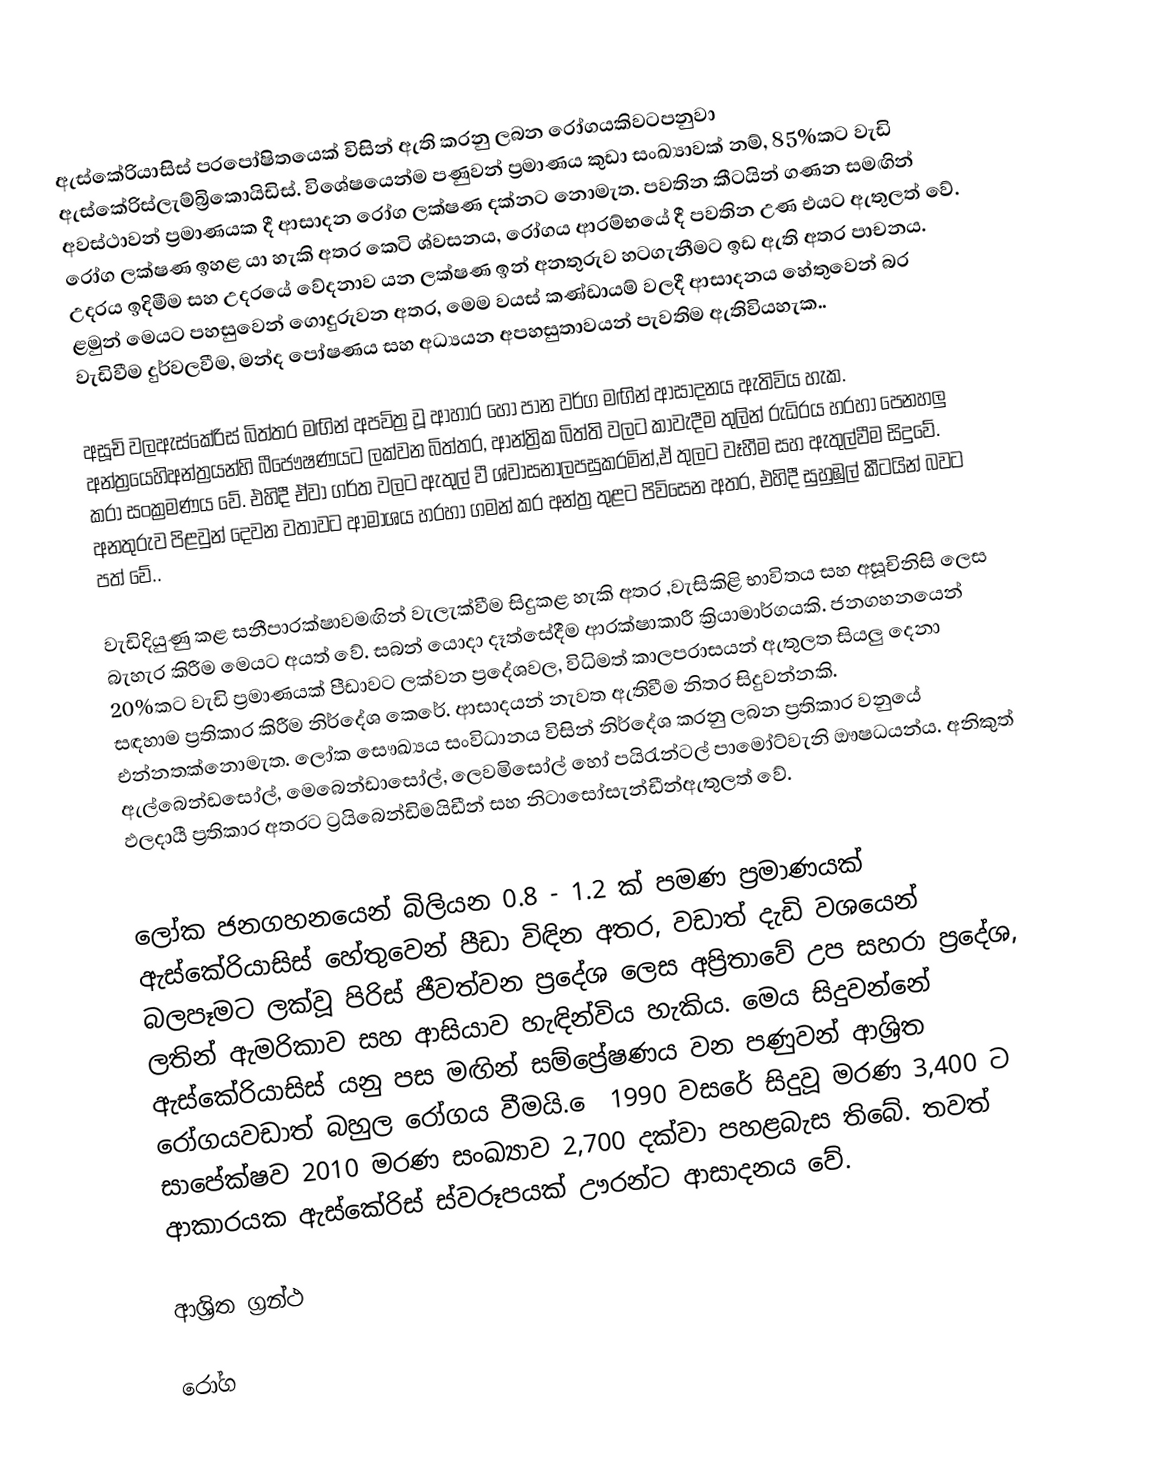
ඇස්කේරියාසිස්  පරපෝෂිතයෙක් විසින් ඇති කරනු ලබන රෝගයකි‍වටපනුවා ඇස්කේරිස්ලැම්බ්‍රිකොයිඩිස්.  විශේෂයෙන්ම  පණුවන් ප්‍ර‍මාණය කුඩා සංඛ්‍යාවක් නම්, 85%කට වැඩි අවස්ථාවන් ප්‍ර‍මාණයක දී ආසාදන රෝග ලක්ෂණ දක්නට නොමැත.  පවතින කීටයින් ගණන සමඟින් රෝග ලක්ෂණ ඉහළ යා හැකි අතර  කෙටි ශ්වසනය, රෝගය ආරම්භයේ දී පවතින උණ එයට ඇතුලත් වේ.  උදරය ඉදිමීම සහ උදරයේ වේදනාව යන ලක්ෂණ ඉන් අනතුරුව හටගැනීමට ඉඩ ඇති අතර පාචනය. ළමුන් මෙයට පහසුවෙන් ගොදුරුවන අතර, මෙම වයස් කණ්ඩායම් වලදී ආසාදනය හේතුවෙන්  බර වැඩිවීම දුර්වලවීම, මන්ද පෝෂණය සහ අධ්‍යයන අපහසුතාවයන් පැවතිම ඇතිවියහැක..

අසූචි වලඇස්කේරිස් බිත්තර මඟින් අපවිත්‍ර‍ වූ ආහාර හෝ පාන වර්ග මඟින් ආසාදනය ඇතිවිය හැක.  අන්ත්‍රයෙහිඅන්ත්‍ර‍යන්හි බීජෞෂණයට ලක්වන බිත්තර, ආන්ත්‍රික බිත්ති වලට කාවැදීම තුලින් රුධිරය හරහා පෙනහලු කරා සංක්‍ර‍මණය වේ. එහිදී ඒවා  ගර්ත  වලට  ඇතුල් වී ශ්වාසනාලපසුකරමින්,ඒ තුලට වෑහීම සහ ඇතුල්වීම සිදුවේ. අනතුරුව  පිළවුන් දෙවන වතාවට ආමාශය හරහා  ගමන් කර අන්ත්‍ර‍ තුළට පිවිසෙන අතර, එහිදී සුහුඹුල් කීටයින් බවට පත් වේ..

වැඩිදියුණු කළ සනීපාරක්ෂාවමඟින් වැලැක්වීම සිදුකළ හැකි අතර ,වැසිකිළි  භාවිතය සහ අසූචිනිසි ලෙස බැහැර කිරීම මෙයට අයත් වේ. සබන් යොදා දෑත්සේදීම ආරක්ෂාකාරී ක්‍රියාමාර්ගයකි.  ජනගහනයෙන් 20%කට වැඩි ප්‍ර‍මාණයක් පීඩාවට ලක්වන ප්‍රදේශවල, විධිමත් කාලපරාසයන් ඇතුලත සියලු දෙනා සඳහාම ප්‍ර‍තිකාර කිරීම නිර්දේශ කෙරේ. ආසාදයන් නැවත ඇතිවීම නිතර සිදුවන්නකි.  එන්නතක්නොමැත.  ලෝක සෞඛ්‍යය සංවිධානය විසින් නිර්දේශ කරනු ලබන ප්‍ර‍තිකාර වනුයේ ඇල්බෙන්ඩසෝල්, මෙබෙන්ඩාසෝල්, ලෙවමිසෝල් හෝ පයිරැන්ටල් පාමෝට්වැනි ඖෂධයන්ය. අනිකුත් ඵලදායී ප්‍ර‍තිකාර අතරට ට්‍ර‍යිබෙන්ඩිමයිඩීන් සහ නිටාසෝසැන්ඩීන්ඇතුලත් වේ.

ලෝක ජනගහනයෙන් බිලියන 0.8 - 1.2 ක් පමණ ප්‍ර‍මාණයක් ඇස්කේරියාසිස් හේතුවෙන් පීඩා විඳින අතර,  වඩාත් දැඩි වශයෙන් බලපෑමට ලක්වූ පිරිස් ජීවත්වන ප්‍රදේශ ලෙස අප්‍රිතාවේ උප සහරා ප්‍රදේශ, ලතින් ඇමරිකාව සහ ආසියාව හැඳින්විය හැකිය.  මෙය සිදුවන්නේ  ඇස්කේරියාසිස් යනු  පස මඟින් සම්ප්‍රේෂණය වන  පණුවන් ආශ්‍රිත රෝගයවඩාත් බහුල රෝගය වීමයි. ෙ 1990 වසරේ සිදුවූ මරණ 3,400 ට සාපේක්ෂව 2010 මරණ සංඛ්‍යාව 2,700 දක්වා පහළබැස තිබේ. තවත් ආකාරයක ඇස්කේරිස් ස්වරූපයක්  ඌරන්ට ආසාදනය වේ.

ආශ්‍රිත ග්‍ර‍න්ථ

රෝග